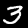
Digit: 3